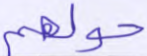
حولهم